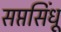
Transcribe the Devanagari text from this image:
सप्तसिंधू